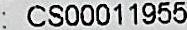
: CS00011955